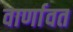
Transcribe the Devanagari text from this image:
वार्णावत